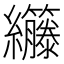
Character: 𫄘